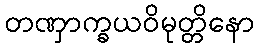
တဏှာက္ခယဝိမုတ္တိနော